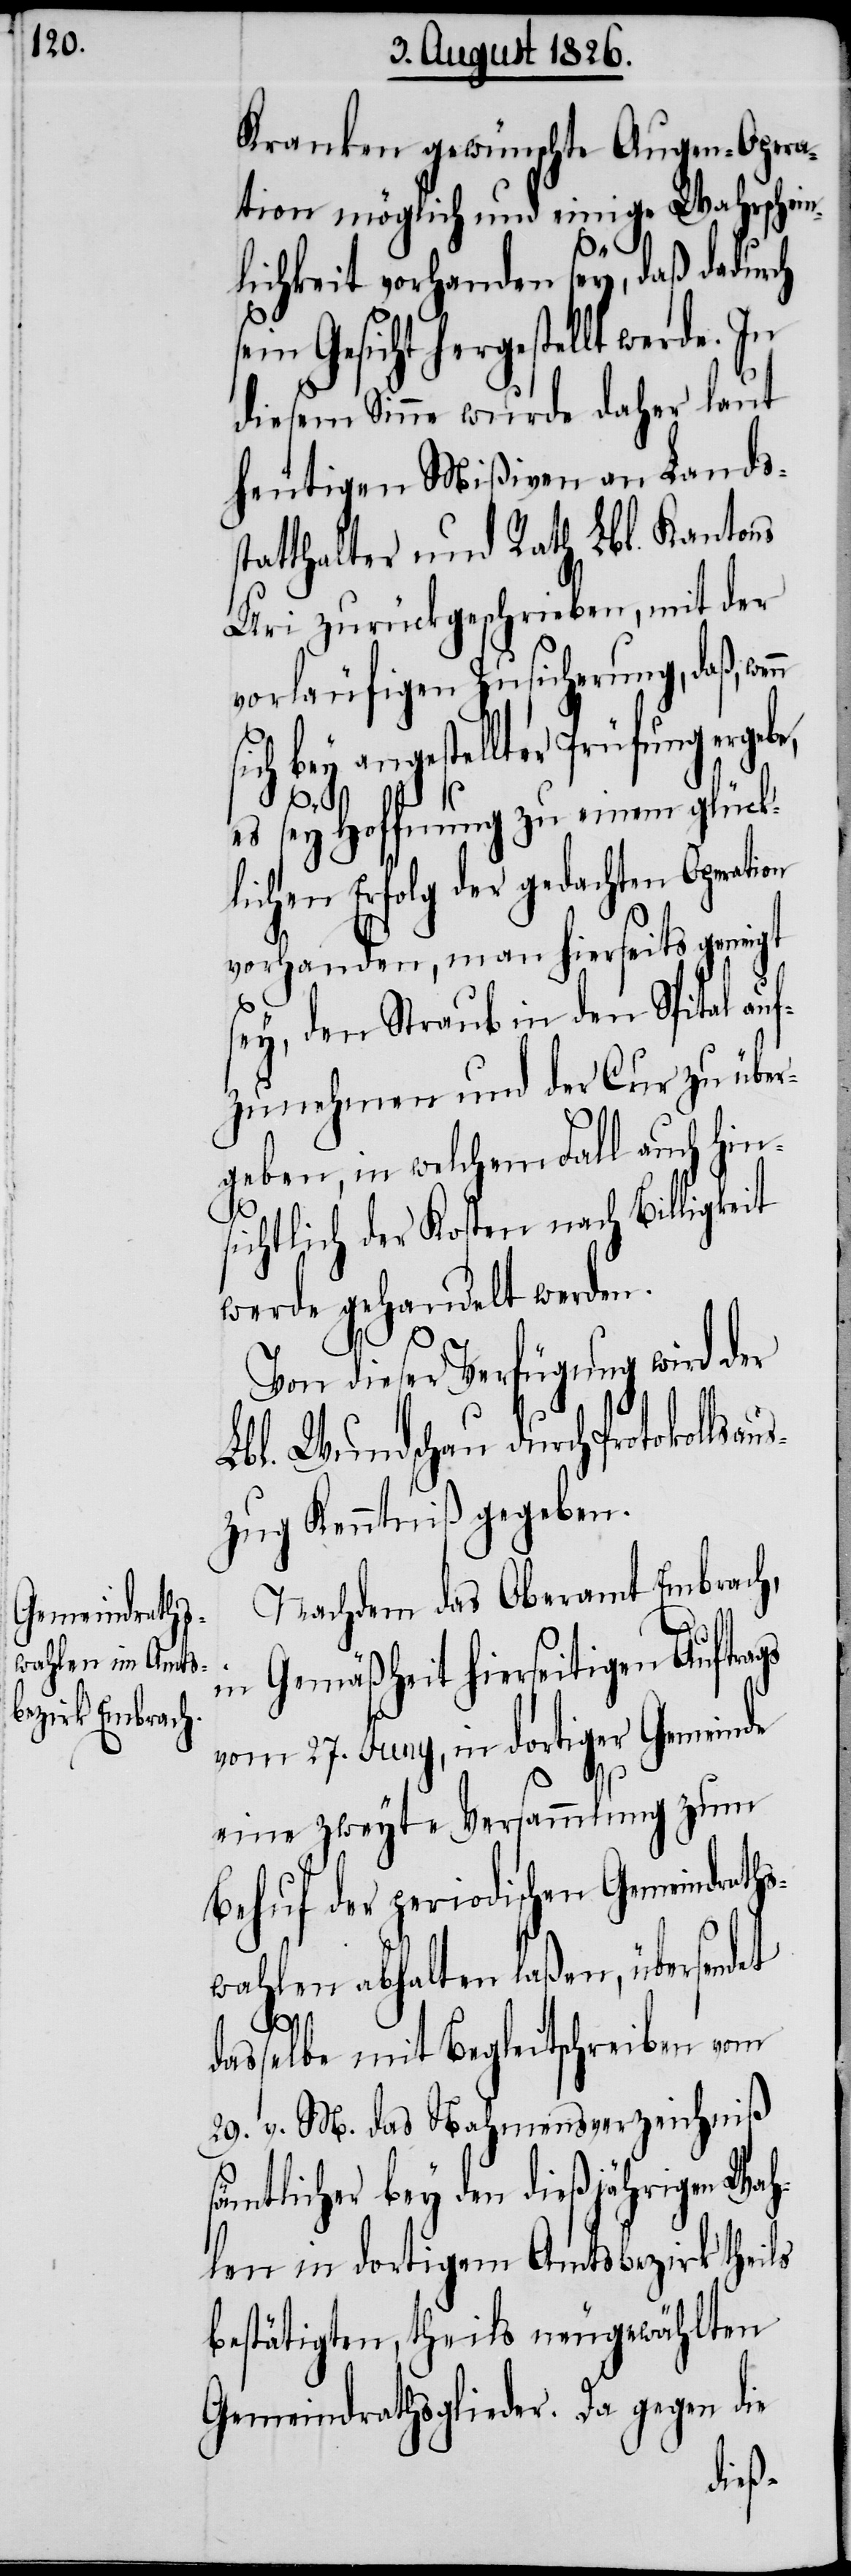
Kranken gewünschte Augen-Opera¬
tion möglich und einige Wahrschein¬
lichkeit vorhanden sey, daß dadurch
sein Gesicht hergestellt werde. In
diesem Sinne wurde daher laut
heutigen Mißiven an Landss¬
tatthalter und Rath Lbl. Kantons
Uri zurückgeschrieben, mit der
vorläufigen Zusicherung, daß,
sich bey angestellter Prüfung ergebe,
es sey Hoffnung zu einem glück¬
lichen Erfolg der gedachten Operation
vorhanden, man hierseits geneigt
sey, den Straub in den Spital auf¬
zunehmen und der Cur zu über¬
geben, in welchem Fall auch hin¬
sichtlich der Kosten nach Billigkeit
werde gehandelt werden.
Von dieser Verfügung wird der
Lbl. Wundschau durch Protokol¬
zug Kenntniß gegeben.
Nachdem das Oberamt Embrach,
in Gemäßheit hierseitigen Auftrags
vom 27. Juny, in dortiger Gemeinde
eine zweyte Versammlung zum
Behuf der periodischen Gemeindrat¬
wahlen abhalten laßen, übersendet
hs¬
dasselbe mit Begleitschreiben vom
29. v. M. das Nahmensverzeichniß
sämtlicher bey den dießjährigen Wah¬
len in dortigem Amtsbezirk theils
bestätigten, theils neugewählten
Gemeindrathsglieder. Da gegen die
lsaus¬